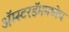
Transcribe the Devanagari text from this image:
अॅम्स्टरडॅममध्येच